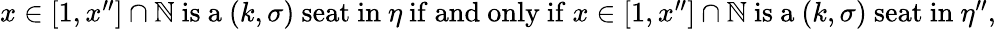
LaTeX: \begin{array}{r}{x\in[1,x^{\prime\prime}]\cap{\mathbb{N}}~\mathrm{is~a}~(k,\sigma)~\mathrm{seat~in}~\eta~\mathrm{if~and~only~if}~x\in[1,x^{\prime\prime}]\cap{\mathbb{N}}~\mathrm{is~a}~(k,\sigma)~\mathrm{seat~in}~\eta^{\prime\prime},}\end{array}